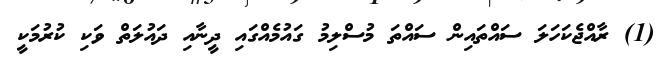
(1) ރާއްޖެކަހަލަ ސައްތައިން ސައްތަ މުސްލިމު ގައުމެއްގައި ދީނާއި ދަައުލަތް ވަކި ކުރުމަކީ